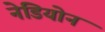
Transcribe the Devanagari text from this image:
नेडियोन